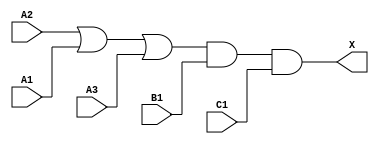
module sky130_fd_sc_ms__o311a (
    X ,
    A1,
    A2,
    A3,
    B1,
    C1
);

    // Module ports
    output X ;
    input  A1;
    input  A2;
    input  A3;
    input  B1;
    input  C1;

    // Module supplies
    supply1 VPWR;
    supply0 VGND;
    supply1 VPB ;
    supply0 VNB ;

    // Local signals
    wire or0_out   ;
    wire and0_out_X;

    //  Name  Output      Other arguments
    or  or0  (or0_out   , A2, A1, A3     );
    and and0 (and0_out_X, or0_out, B1, C1);
    buf buf0 (X         , and0_out_X     );

endmodule